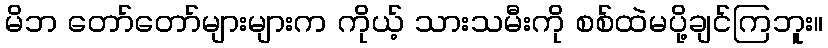
မိဘ တော်တော်များများက ကိုယ့် သားသမီးကို စစ်ထဲမပို့ချင်ကြဘူး။